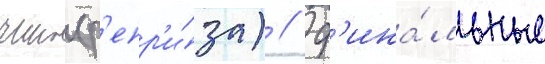
чино (р'епр'и́за) // Ф'ина́льные